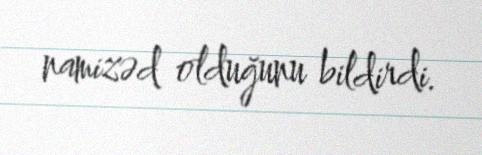
namizəd olduğunu bildirdi.